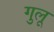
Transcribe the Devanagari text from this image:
गुलू